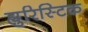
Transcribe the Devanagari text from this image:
ह्युरिस्टिक